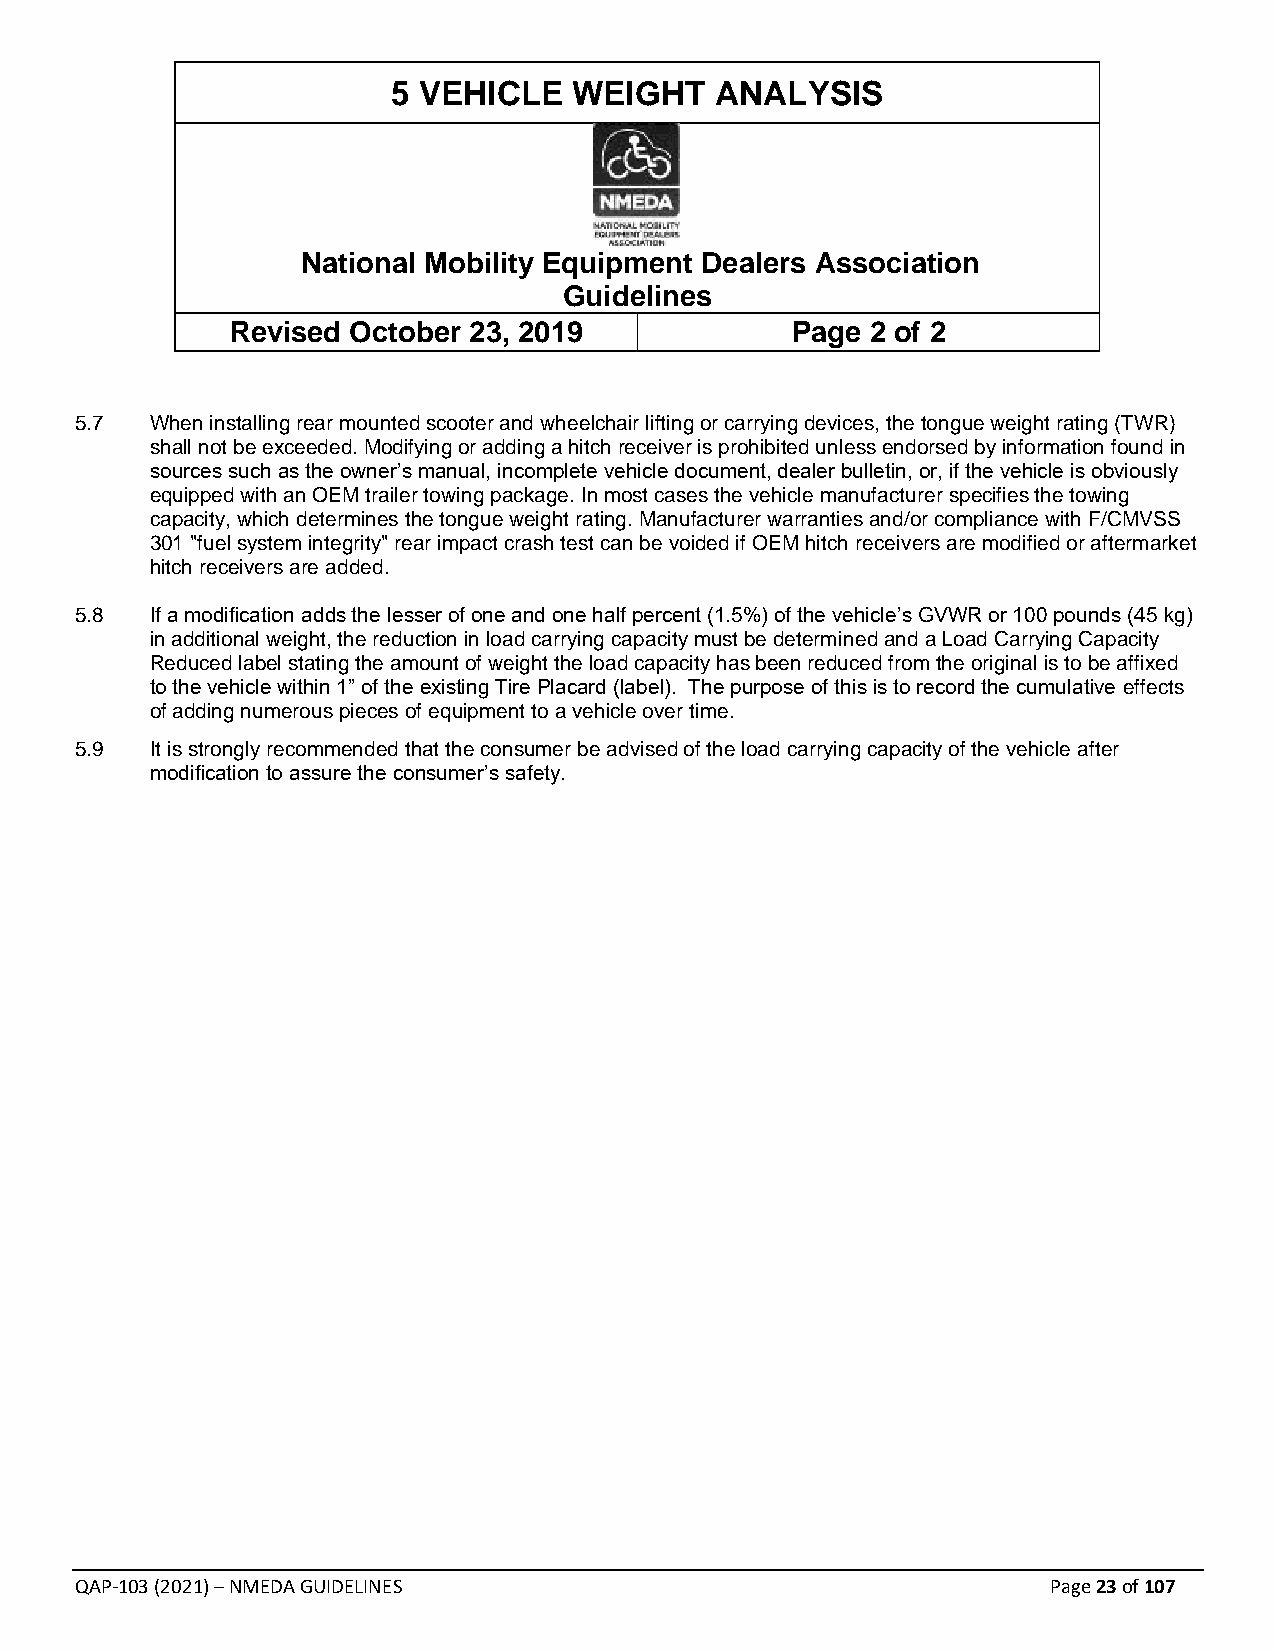
5 VEHICLE   WEIGHT   ANALYSIS
 National Mobility Equipment Dealers Association
 Guidelines
 Revised October 23, 2019             Page  2 of 2
 5.7  When installing rear mounted scooter and wheelchair lifting or carrying devices, the tongue weight rating (TWR)
 shall not be exceeded. Modifying or adding a hitch receiver is prohibited unless endorsed by information found in
 sources such as the owner’s manual, incomplete vehicle document, dealer bulletin, or, if the vehicle is obviously
 equipped with an OEM trailer towing package. In most cases the vehicle manufacturer specifies the towing
 capacity, which determines the tongue weight rating. Manufacturer warranties and/or compliance with F/CMVSS
 301 "fuel system integrity" rear impact crash test can be voided if OEM hitch receivers are modified or aftermarket
 hitch receivers are added.
 5.8  If a modification adds the lesser of one and one half percent (1.5%) of the vehicle’s GVWR or 100 pounds (45 kg)
 in additional weight, the reduction in load carrying capacity must be determined and a Load Carrying Capacity
 Reduced label stating the amount of weight the load capacity has been reduced from the original is to be affixed
 to the vehicle within 1” of the existing Tire Placard (label). The purpose of this is to record the cumulative effects
 of adding numerous pieces of equipment to a vehicle over time.
 5.9  It is strongly recommended that the consumer be advised of the load carrying capacity of the vehicle after
 modification to assure the consumer’s safety.
 QAP-103 (2021) – NMEDA GUIDELINES                                Page 23 of 107